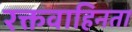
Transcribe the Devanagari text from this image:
रक्तवाहिनता